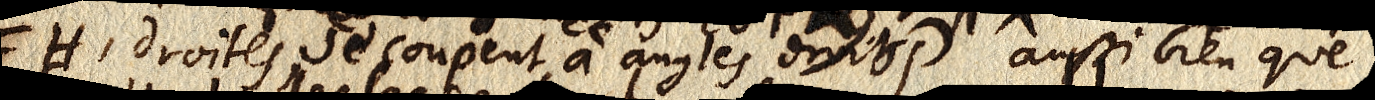
H droites, se coupent à angles droits aussi bien que